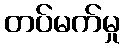
တပ်မက်မှု